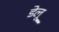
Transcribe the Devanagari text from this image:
डेलू